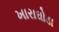
ખારાઘોડા